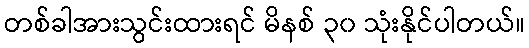
တစ်ခါအားသွင်းထားရင် မိနစ် ၃၀ သုံးနိုင်ပါတယ်။